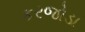
કરજોડા